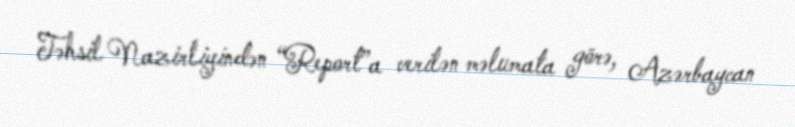
Təhsil Nazirliyindən “Report”a verilən məlumata görə, Azərbaycan